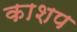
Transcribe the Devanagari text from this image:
काशप